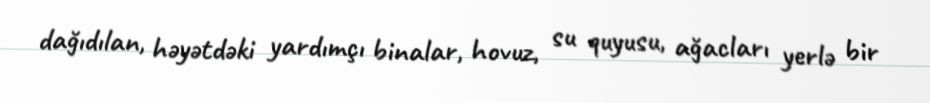
dağıdılan, həyətdəki yardımçı binalar, hovuz, su quyusu, ağacları yerlə bir